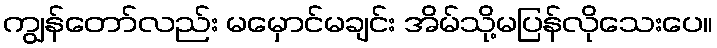
ကျွန်တော်လည်း မမှောင်မချင်း အိမ်သို့မပြန်လိုသေးပေ။